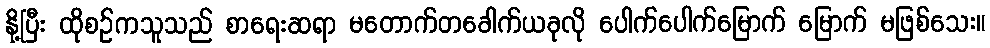
နို့ပြီး ထိုစဉ်ကသူသည် စာရေးဆရာ မတောက်တခေါက်ယခုလို ပေါက်ပေါက်မြောက် မြောက် မဖြစ်သေး။